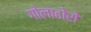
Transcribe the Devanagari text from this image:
गोलाढोरो